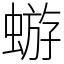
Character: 蝣